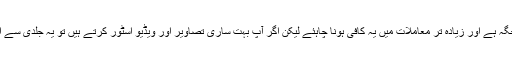
50 جی بی کافی جگہ ہے اور زیادہ تر معاملات میں یہ کافی ہونا چاہئے لیکن اگر آپ بہت ساری تصاویر اور ویڈیو اسٹور کرتے ہیں تو یہ جلدی سے اضافہ کرسکتا ہے۔